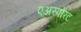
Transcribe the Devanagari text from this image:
एअरपोरट